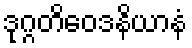
ဒုဂ္ဂတိဝေဒနိယာနံ